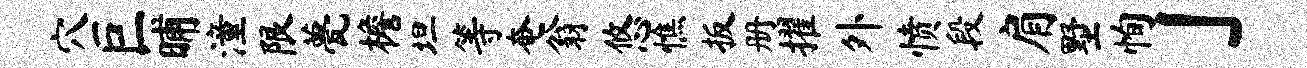
穴巨晡潼限甍檐坦等奄翁悠憔扳册擢外愤段肩墅恂」